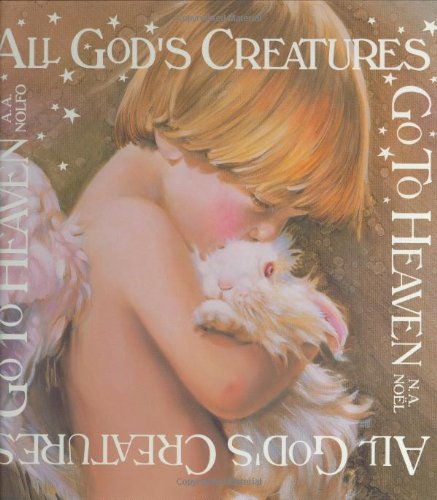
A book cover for All God's Creatures Go To Heaven; N.A. Noel; Children's Books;